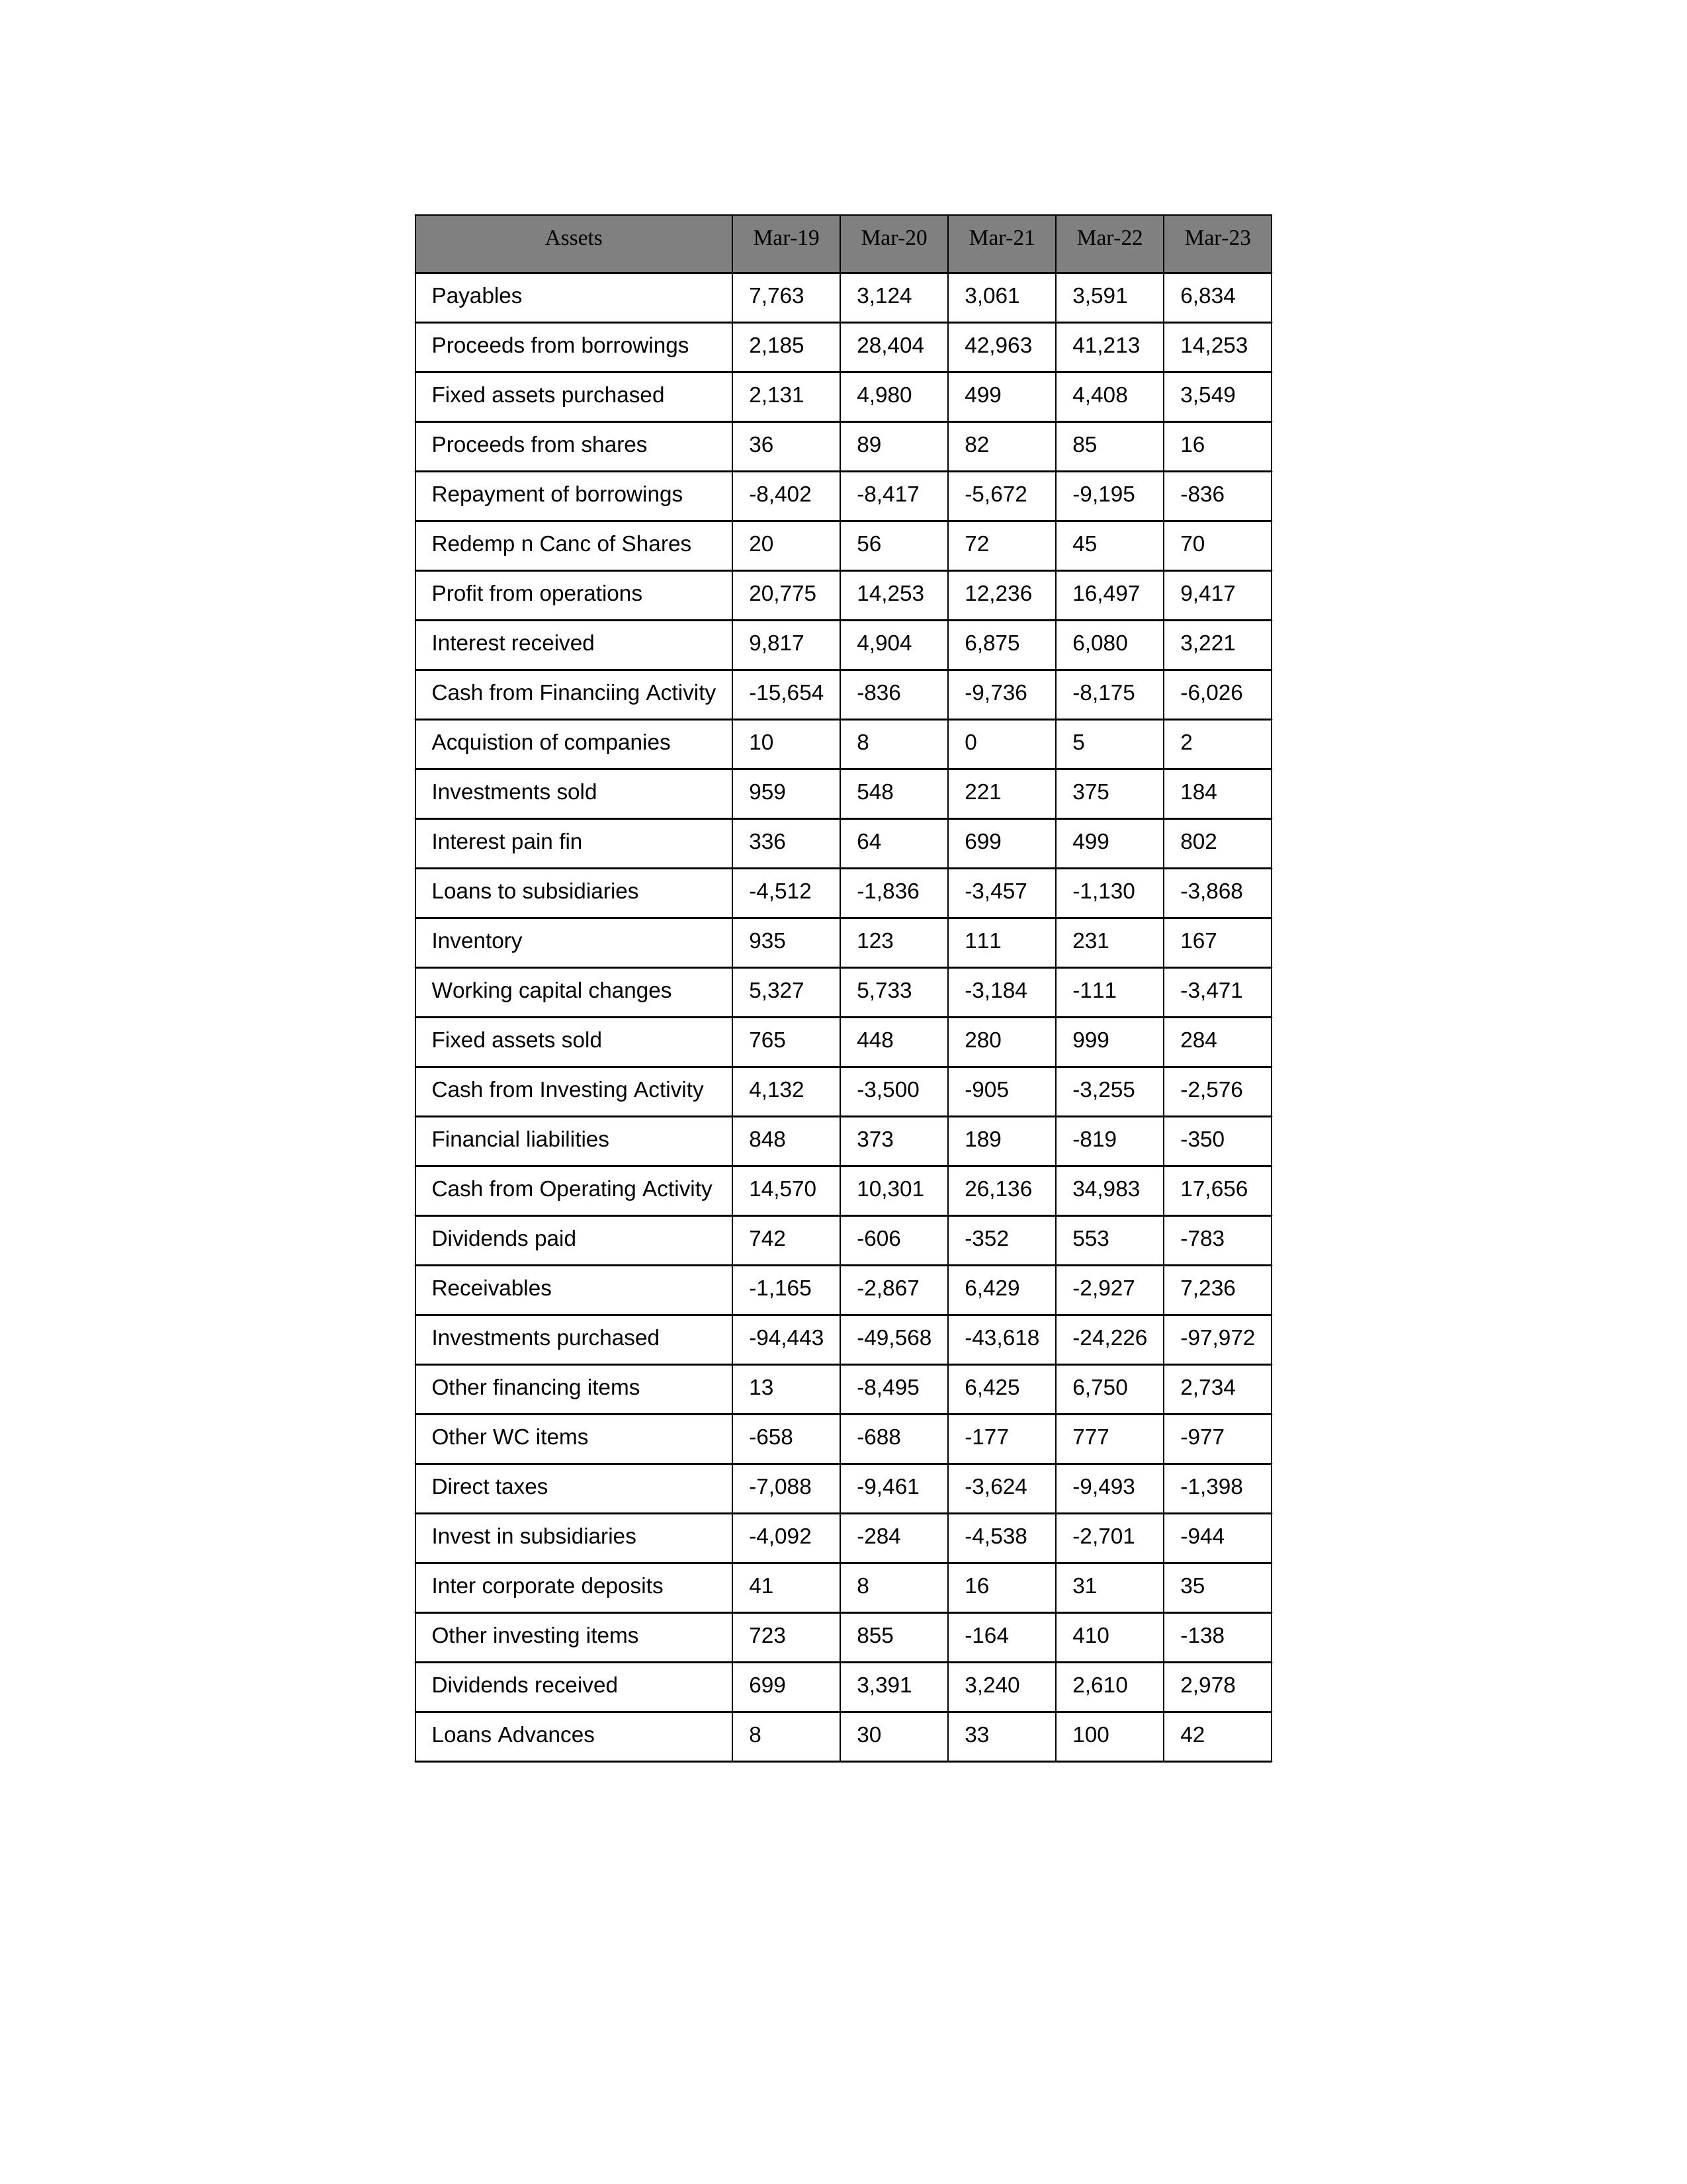
gt_parse: Mar-19: Cash from Operating Activity: 14,570
Profit from operations: 20,775
Receivables: -1,165
Inventory: 935
Payables: 7,763
Loans Advances: 8
Other WC items: -658
Working capital changes: 5,327
Direct taxes: -7,088
Cash from Investing Activity: 4,132
Fixed assets purchased: 2,131
Fixed assets sold: 765
Investments purchased: -94,443
Investments sold: 959
Interest received: 9,817
Dividends received: 699
Invest in subsidiaries: -4,092
Loans to subsidiaries: -4,512
Redemp n Canc of Shares: 20
Acquistion of companies: 10
Inter corporate deposits: 41
Other investing items: 723
Cash from Financiing Activity: -15,654
Proceeds from shares: 36
Proceeds from borrowings: 2,185
Repayment of borrowings: -8,402
Interest pain fin: 336
Dividends paid: 742
Financial liabilities: 848
Other financing items: 13
Mar-20: Cash from Operating Activity: 10,301
Profit from operations: 14,253
Receivables: -2,867
Inventory: 123
Payables: 3,124
Loans Advances: 30
Other WC items: -688
Working capital changes: 5,733
Direct taxes: -9,461
Cash from Investing Activity: -3,500
Fixed assets purchased: 4,980
Fixed assets sold: 448
Investments purchased: -49,568
Investments sold: 548
Interest received: 4,904
Dividends received: 3,391
Invest in subsidiaries: -284
Loans to subsidiaries: -1,836
Redemp n Canc of Shares: 56
Acquistion of companies: 8
Inter corporate deposits: 8
Other investing items: 855
Cash from Financiing Activity: -836
Proceeds from shares: 89
Proceeds from borrowings: 28,404
Repayment of borrowings: -8,417
Interest pain fin: 64
Dividends paid: -606
Financial liabilities: 373
Other financing items: -8,495
Mar-21: Cash from Operating Activity: 26,136
Profit from operations: 12,236
Receivables: 6,429
Inventory: 111
Payables: 3,061
Loans Advances: 33
Other WC items: -177
Working capital changes: -3,184
Direct taxes: -3,624
Cash from Investing Activity: -905
Fixed assets purchased: 499
Fixed assets sold: 280
Investments purchased: -43,618
Investments sold: 221
Interest received: 6,875
Dividends received: 3,240
Invest in subsidiaries: -4,538
Loans to subsidiaries: -3,457
Redemp n Canc of Shares: 72
Acquistion of companies: 0
Inter corporate deposits: 16
Other investing items: -164
Cash from Financiing Activity: -9,736
Proceeds from shares: 82
Proceeds from borrowings: 42,963
Repayment of borrowings: -5,672
Interest pain fin: 699
Dividends paid: -352
Financial liabilities: 189
Other financing items: 6,425
Mar-22: Cash from Operating Activity: 34,983
Profit from operations: 16,497
Receivables: -2,927
Inventory: 231
Payables: 3,591
Loans Advances: 100
Other WC items: 777
Working capital changes: -111
Direct taxes: -9,493
Cash from Investing Activity: -3,255
Fixed assets purchased: 4,408
Fixed assets sold: 999
Investments purchased: -24,226
Investments sold: 375
Interest received: 6,080
Dividends received: 2,610
Invest in subsidiaries: -2,701
Loans to subsidiaries: -1,130
Redemp n Canc of Shares: 45
Acquistion of companies: 5
Inter corporate deposits: 31
Other investing items: 410
Cash from Financiing Activity: -8,175
Proceeds from shares: 85
Proceeds from borrowings: 41,213
Repayment of borrowings: -9,195
Interest pain fin: 499
Dividends paid: 553
Financial liabilities: -819
Other financing items: 6,750
Mar-23: Cash from Operating Activity: 17,656
Profit from operations: 9,417
Receivables: 7,236
Inventory: 167
Payables: 6,834
Loans Advances: 42
Other WC items: -977
Working capital changes: -3,471
Direct taxes: -1,398
Cash from Investing Activity: -2,576
Fixed assets purchased: 3,549
Fixed assets sold: 284
Investments purchased: -97,972
Investments sold: 184
Interest received: 3,221
Dividends received: 2,978
Invest in subsidiaries: -944
Loans to subsidiaries: -3,868
Redemp n Canc of Shares: 70
Acquistion of companies: 2
Inter corporate deposits: 35
Other investing items: -138
Cash from Financiing Activity: -6,026
Proceeds from shares: 16
Proceeds from borrowings: 14,253
Repayment of borrowings: -836
Interest pain fin: 802
Dividends paid: -783
Financial liabilities: -350
Other financing items: 2,734